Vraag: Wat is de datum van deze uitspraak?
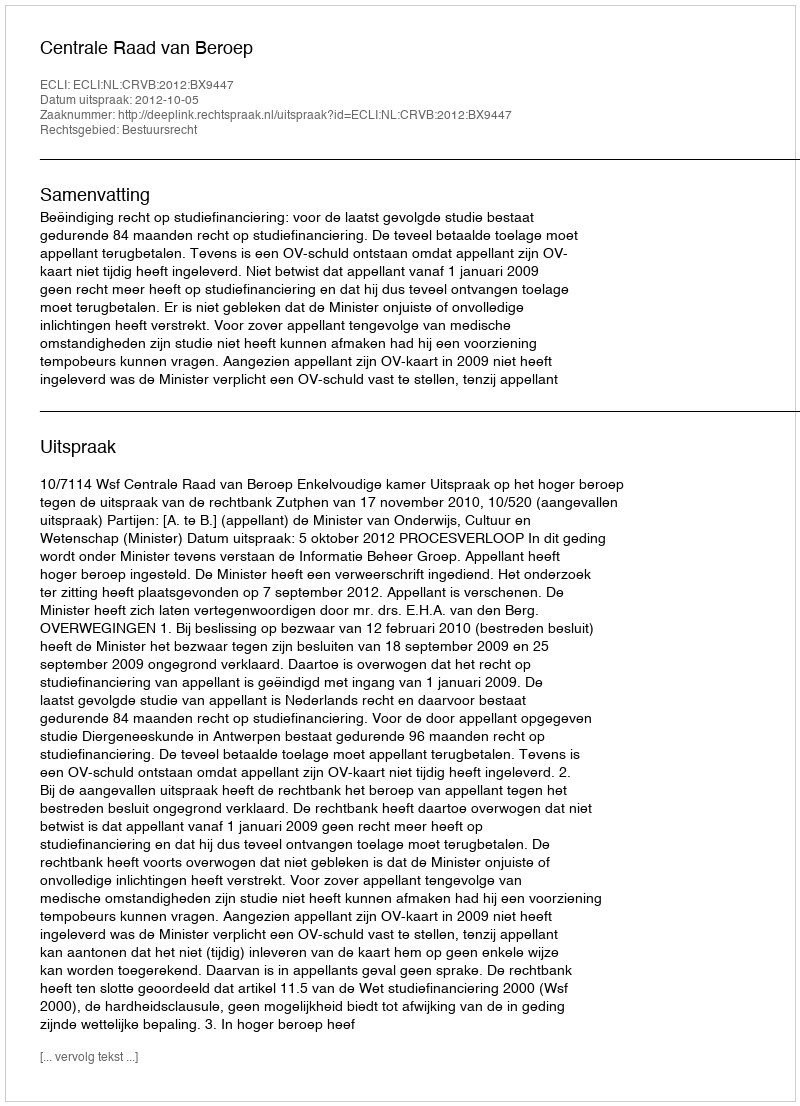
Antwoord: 2012-10-05